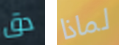
دق لماذا